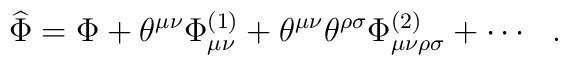
\widehat{\Phi}=\Phi+\theta^{\mu\nu}\Phi^{(1)}_{\mu\nu}+\theta^{\mu\nu}\theta^{\rho\sigma}\Phi^{(2)}_{\mu\nu\rho\sigma}+\cdots \ \ .